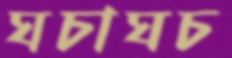
ঘচাঘচ